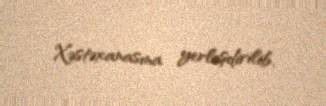
Xəstəxanasına yerləşdirilib.